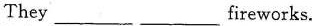
They ___ ___ fireworks.